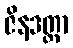
ဇိနဒတ္တာ